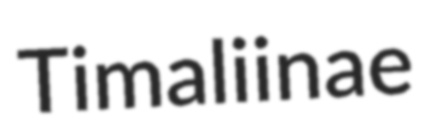
Timaliinae